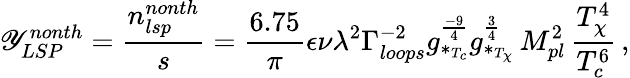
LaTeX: \mathscr{Y}_{LSP}^{nonth}={\frac{{n_{lsp}^{nonth}}}{{s}}}={\frac{{6.75}}{{\pi}}}\epsilon\nu\lambda^{2}\Gamma_{loops}^{-2}g_{*_{T_{c}}}^{\frac{{-9}}{{4}}}g_{*_{T_{\chi}}}^{\frac{{3}}{{4}}}\, M_{pl}^{2}\, {\frac{{T_{\chi}^{4}}}{{T_{c}^{6}}}}\, ,